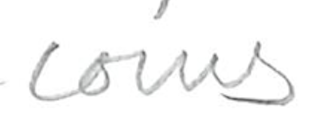
Text: coins
Cross-out: clean
Writing tool: pencil